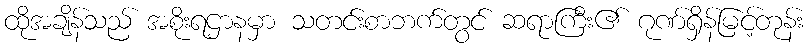
ထိုအချိန်သည် အစိုးရဌာနမှာ သတင်းစာဘက်တွင် ဆရာကြီး၏ ဂုဏ်ရှိန်မြင့်တုန်း